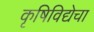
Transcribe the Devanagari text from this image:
कृषिविद्येचा